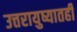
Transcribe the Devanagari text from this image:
उत्तरायुष्यातही